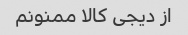
از دیجی کالا ممنونم